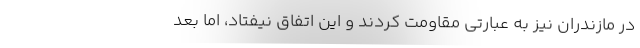
در مازندران نیز به عبارتی مقاومت کردند و این اتفاق نیفتاد، اما بعد